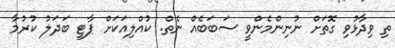
ތި ވިދާޅުވި ގޮތަށް ނުނިންމެންވީ ސަބަބެއް ނެތް. ކުއްލިއަކަށް ޕާޓީ ބަދަލު ކުރުމާ